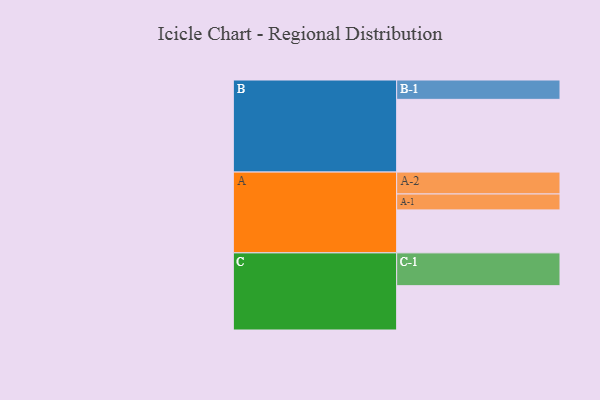
{"axis": {"x": "Segment", "y": "Value"}, "legend": ["", "A", "B", "C"], "data": [{"x": "A", "y": 351, "type": ""}, {"x": "B", "y": 594, "type": ""}, {"x": "C", "y": 362, "type": ""}, {"x": "A-1", "y": 130, "type": "A"}, {"x": "A-2", "y": 179, "type": "A"}, {"x": "B-1", "y": 158, "type": "B"}, {"x": "C-1", "y": 268, "type": "C"}]}